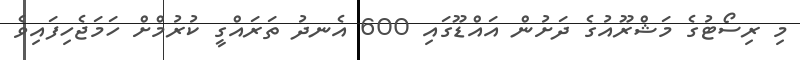
މި ރިސޯޓުގެ މަޝްރޫއުގެ ދަށުން އައްޑޫގައި 600 އެނދު ތަރައްގީ ކުރުމްށް ހަމަޖެހިފައިވެ